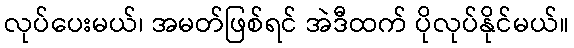
လုပ်ပေးမယ်၊ အမတ်ဖြစ်ရင် အဲဒီထက် ပိုလုပ်နိုင်မယ်။